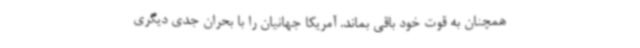
همچنان به قوت خود باقی بماند. آمریکا جهانیان را با بحران جدی دیگری